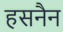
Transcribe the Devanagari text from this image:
हसनैन